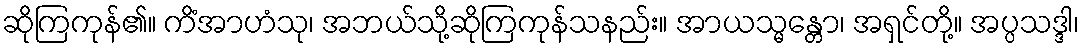
ဆိုကြကုန်၏။ ကိံအာဟံသု၊ အဘယ်သို့ဆိုကြကုန်သနည်း။ အာယသ္မန္တော၊ အရှင်တို့။ အပ္ပသဒ္ဒါ၊